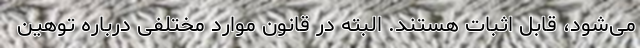
می‌شود، قابل اثبات هستند. البته در قانون موارد مختلفی درباره توهین